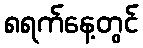
၈ရက်နေ့တွင်